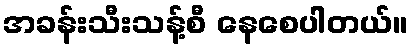
အခန်းသီးသန့်စီ နေစေပါတယ်။